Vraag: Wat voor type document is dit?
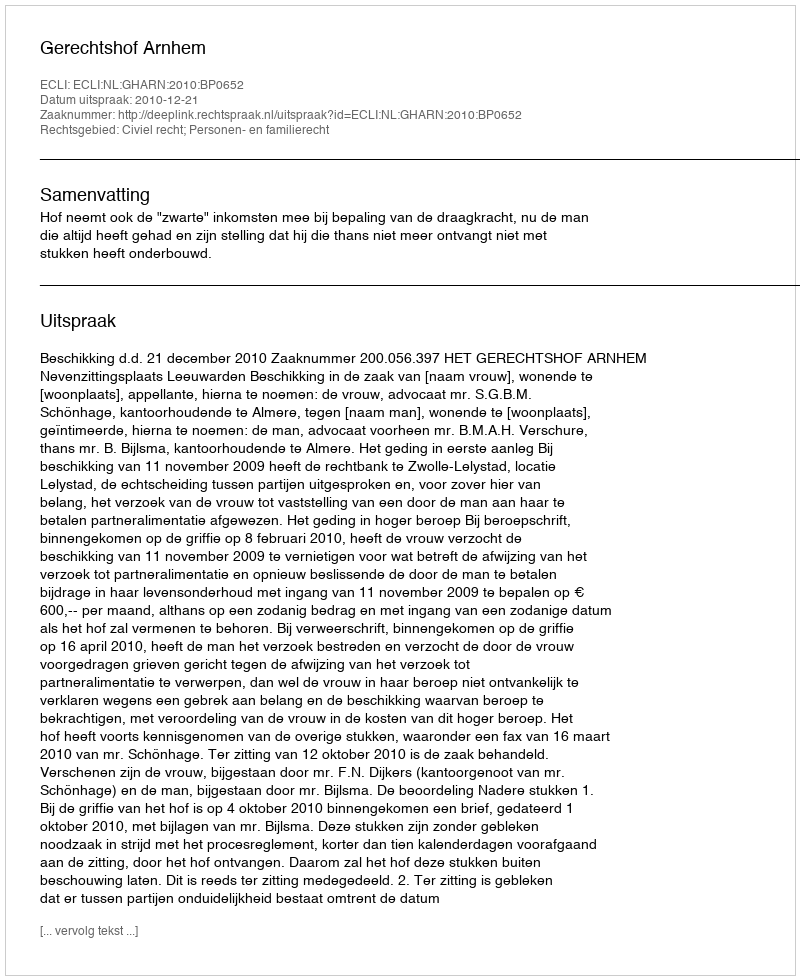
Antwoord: Uitspraak